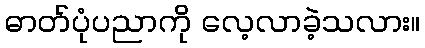
ဓာတ်ပုံပညာကို လေ့လာခဲ့သလား။